Report on vaccination proceedings throughout the Government of Bengal -
Year: 1868
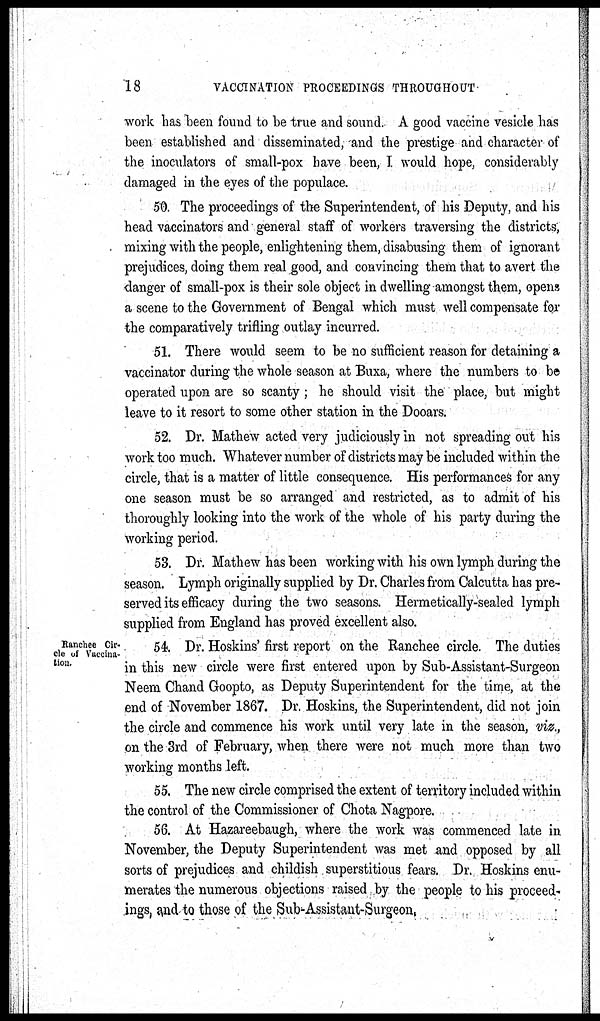
18
VACCINATION PROCEEDINGS THROUGHOUT
work has been found to be true and sound. A good vaccine vesicle has
been established and disseminated, and the prestige and character of
the inoculators of small-pox have been, I would hope, considerably
damaged in the eyes of the populace.
50. The proceedings of the Superintendent, of his Deputy, and his
head vaccinators and general staff of workers traversing the districts,
mixing with the people, enlightening them, disabusing them of ignorant
prejudices, doing them real good, and convincing them that to avert the
danger of small-pox is their sole object in dwelling amongst them, opens
a scene to the Government of Bengal which must well compensate for
the comparatively trifling outlay incurred.
51. There would seem to be no sufficient reason for detaining a
vaccinator during the whole season at Buxa, where the numbers to be
operated upon are so scanty; he should visit the place, but might
leave to it resort to some other station in the Dooars.
52. Dr. Mathew acted very judiciously in not spreading out his
work too much. Whatever number of districts may be included within the
circle, that is a matter of little consequence. His performances for any
one season must be so arranged and restricted, as to admit of his
thoroughly looking into the work of the whole of his party during the
working period.
53. Dr. Mathew has been working with his own lymph during the
season. Lymph originally supplied by Dr. Charles from Calcutta has pre-
served its efficacy during the two seasons. Hermetically-sealed lymph
supplied from England has proved excellent also.
Ranchee Cir-
cle of Vaccina-
tion.
54. Dr. Hoskins' first report on the Ranchee circle. The duties
in this new circle were first entered upon by Sub-Assistant-Surgeon
Neem Chand Goopto, as Deputy Superintendent for the time, at the
end of November 1867. Dr. Hoskins, the Superintendent, did not join
the circle and commence his work until very late in the season, viz.,
on the 3rd of February, when there were not much more than two
working months left.
55. The new circle comprised the extent of territory included within
the control of the Commissioner of Chota Nagpore.
56. At Hazareebaugh, where the work was commenced late in
November, the Deputy Superintendent was met and opposed by all
sorts of prejudices and childish superstitious fears. Dr. Hoskins enu-
merates the numerous objections raised by the people to his proceed-
ings, and to those of the Sub-Assistant-Surgeon,